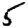
Digit: 5